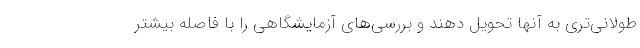
طولانی‌تری به آنها تحویل دهند و بررسی‌های آزمایشگاهی را با فاصله بیشتر